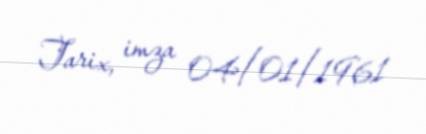
Tarix, imza 04/01/1961